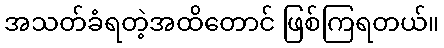
အသတ်ခံရတဲ့အထိတောင် ဖြစ်ကြရတယ်။